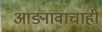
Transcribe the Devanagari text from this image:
आडनावाचाही